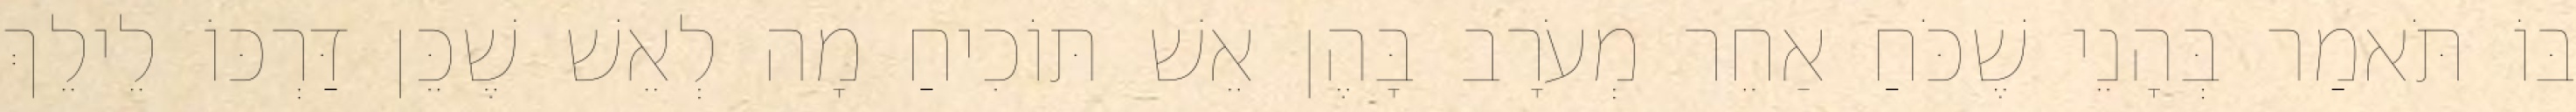
בּוֹ תֹּאמַר בְּהָנֵי שֶׁכֹּחַ אַחֵר מְעֹרָב בָּהֶן אֵשׁ תּוֹכִיחַ מָה לְאֵשׁ שֶׁכֵּן דַּרְכּוֹ לֵילֵךְ